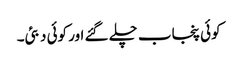
کوئی پنجاب چلے گئے اور کوئی دبئی۔